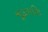
ચૂડામણિ